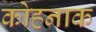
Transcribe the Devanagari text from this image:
कोहनाक